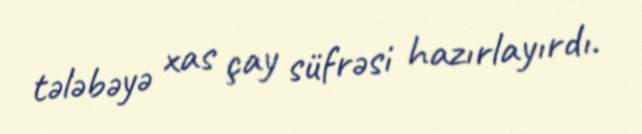
tələbəyə xas çay süfrəsi hazırlayırdı.